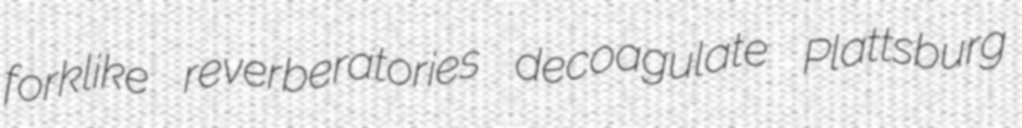
forklike reverberatories decoagulate Plattsburg